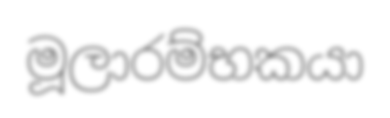
මූලාරම්භකයා